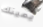
يمينك